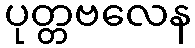
ပုတ္တဗလေန